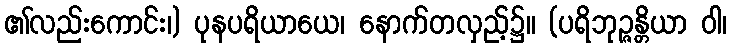
၏လည်းကောင်း၊) ပုနပရိယာယေ၊ နောက်တလှည့်၌။ (ပရိဘုဉ္ဇန္တိယာ ဝါ၊